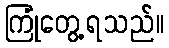
ကြုံတွေ့ရသည်။